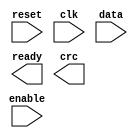
// --------------------------------------------------------------------
// >>>>>>>>>>>>>>>>>>>>>>>>> COPYRIGHT NOTICE <<<<<<<<<<<<<<<<<<<<<<<<<
// --------------------------------------------------------------------
// Copyright (c) 2013 by Lattice Semiconductor Corporation
// --------------------------------------------------------------------
//
// Permission:
//
//   Lattice Semiconductor grants permission to use this code for use
//   in synthesis for any Lattice programmable logic product.  Other
//   use of this code, including the selling or duplication of any
//   portion is strictly prohibited.
//
// Disclaimer:
//
//   This VHDL or Verilog source code is intended as a design reference
//   which illustrates how these types of functions can be implemented.
//   It is the user's responsibility to verify their design for
//   consistency and functionality through the use of formal
//   verification methods.  Lattice Semiconductor provides no warranty
//   regarding the use or functionality of this code.
//
// --------------------------------------------------------------------
//           
//                     Lattice Semiconductor Corporation
//                     5555 NE Moore Court
//                     Hillsboro, OR 97214
//                     U.S.A
//
//                     TEL: 1-800-Lattice (USA and Canada)
//                          408-826-6000 (other locations)
//
//                     web: http://www.latticesemi.com/
//
// --------------------------------------------------------------------
//
// crc16.v
// 
//
// --------------------------------------------------------------------
//
// Revision History :
// --------------------------------------------------------------------
//   Ver  :| Author            :| Mod. Date :| Changes Made:
//   V1.0 :| APPS_LHQ          :| 07/16/13  :| Initial Release
//------------------------------------------------------------------------------------------------------------------------------------------

module crc16_2lane #(
    parameter poly = 16'b1000010000001000
)(
     input reset             ,
     input clk               ,
     input enable            ,
     input [15:0] data        ,
     output reg ready        ,
     output reg [15:0] crc        
);

endmodule